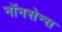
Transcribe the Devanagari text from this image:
नॉनसेन्स